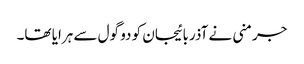
جرمنی نے آذربائیجان کو دو گول سے ہرایا تھا۔